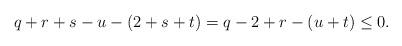
LaTeX: \begin{align*} q + r + s - u - ( 2 + s + t ) = q - 2 + r - (u + t) \leq 0.\end{align*}